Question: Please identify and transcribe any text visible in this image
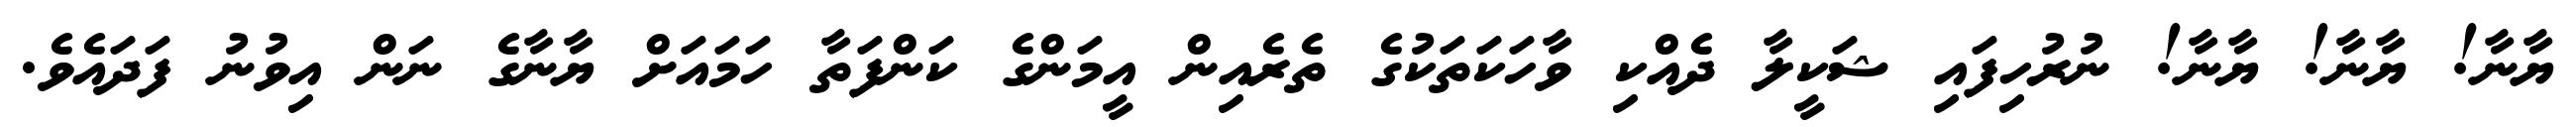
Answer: ޔާނާ! ޔާނާ! ޔާނާ! ނުރުހިފައި ޝަކީލާ ދެއްކި ވާހަކަތަކުގެ ތެރެއިން އީމަންގެ ކަންފަތާ ހަމައަށް ޔާނާގެ ނަން އިވުނު ފަދައެވެ.